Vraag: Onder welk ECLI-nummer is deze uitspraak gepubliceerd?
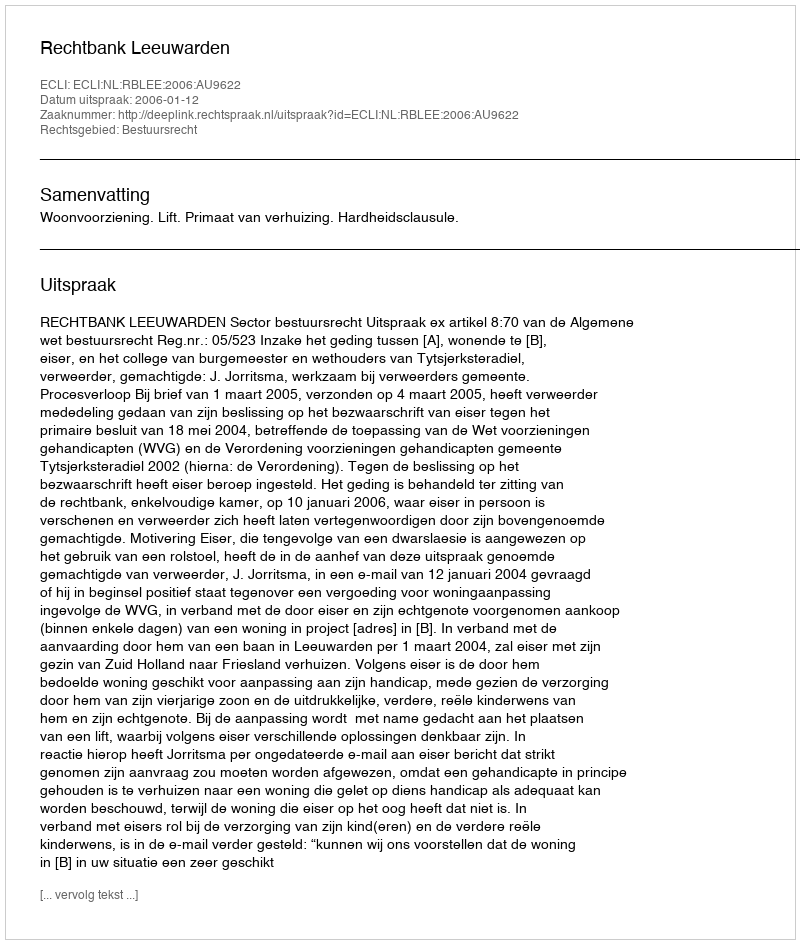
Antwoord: ECLI:NL:RBLEE:2006:AU9622